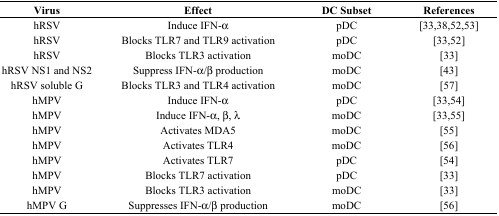
| Virus | Effect | DC Subset | References |
 | --- | --- | --- | --- |
 | hRSV | Induce IFN-α | pDC | [33,38,52,53] |
 | hRSV | Blocks TLR7 and TLR9 activation | pDC | [33,52] |
 | hRSV | Blocks TLR3 activation | moDC | [33] |
 | hRSV NS1 and NS2 | Suppress IFN-α/β production | moDC | [43] |
 | hRSV soluble G | Blocks TLR3 and TLR4 activation | moDC | [57] |
 | hMPV | Induce IFN-α | pDC | [33,54] |
 | hMPV | Induce IFN-α, β, λ | moDC | [33,55] |
 | hMPV | Activates MDA5 | moDC | [55] |
 | hMPV | Activates TLR4 | moDC | [56] |
 | hMPV | Activates TLR7 | pDC | [54] |
 | hMPV | Blocks TLR7 activation | pDC | [33] |
 | hMPV | Blocks TLR3 activation | moDC | [33] |
 | hMPV G | Suppresses IFN-α/β production | moDC | [56] |